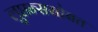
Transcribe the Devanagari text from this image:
लुप्तन्ससोबत